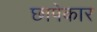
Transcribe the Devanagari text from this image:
छापेकार